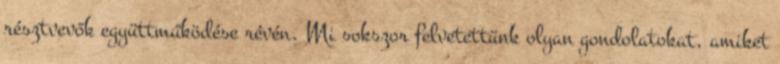
résztvevők együttműködése révén. Mi sokszor felvetettünk olyan gondolatokat, amiket